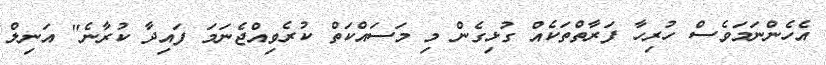
އެހެންނަމަވެސް ހުރިހާ ފަރާތްތަކެއް ގުޅިގެން މި މަސައްކަތް ކުރެވިއްޖެނަމަ ފައިދާ ކުރާނެ" އަނިލް